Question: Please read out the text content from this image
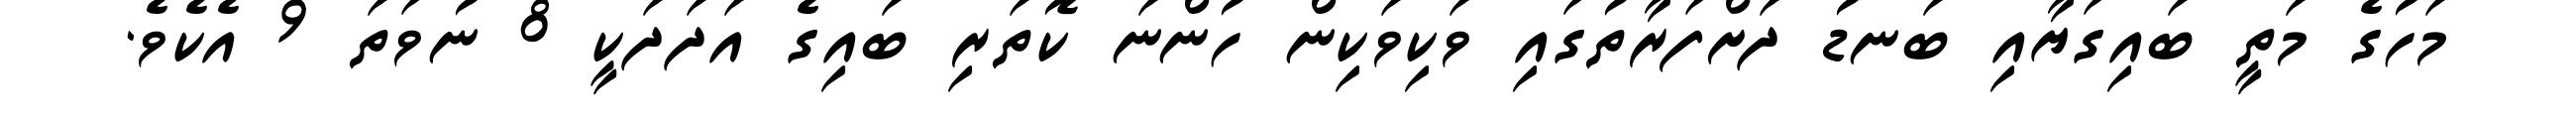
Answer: މަހުގެ މަތީ ބައިގަޔާއި ބަނޑު ދަށްފަރާތުގައި ވަކިވަކިން ހުންނަ ކޮތަރި ބައިގެ އަދަދަކީ 8 ނުވަތަ 9 އެކެވެ.